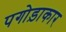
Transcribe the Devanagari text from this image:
पगोड़ाकार